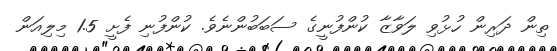
ތިން ދަރިން ހުޅުވި ލަވާޒާ ކުންފުނީގެ ސަބަބުންނެވެ. ކުންފުނި ފެށީ 1.5 މިލިއަން